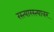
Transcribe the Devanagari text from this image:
रस्त्यारस्त्यावर